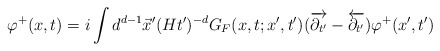
\begin{align*}\varphi^+(x,t)=i\int d^{d-1} \vec{x}' (Ht')^{-d}G_F(x,t;x',t') (\overrightarrow{ \partial_{t'}} -\overleftarrow{\partial_{t'}}) \varphi^+(x',t')\end{align*}